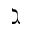
\gimel